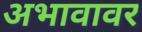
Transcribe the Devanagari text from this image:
अभावावर